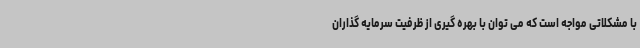
با مشکلاتی مواجه است که می توان با بهره گیری از ظرفیت سرمایه گذاران